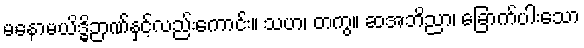
မနောမယိဒ္ဓိဉာဏ်နှင့်လည်းကောင်း။ သဟ၊ တကွ။ ဆအဘိညာ၊ ခြောက်ပါးသော